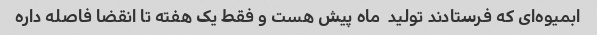
ابمیوه‌ای که فرستادند تولید  ماه پیش هست و فقط یک هفته تا انقضا فاصله داره